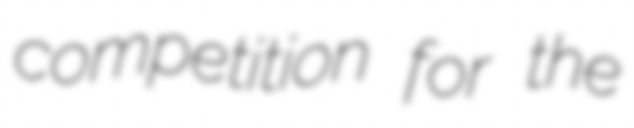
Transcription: competition for the